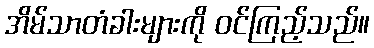
အိမ်သာတံခါးများကို ဝင်ကြည့်သည်။